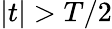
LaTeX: \vert t\vert>T/2